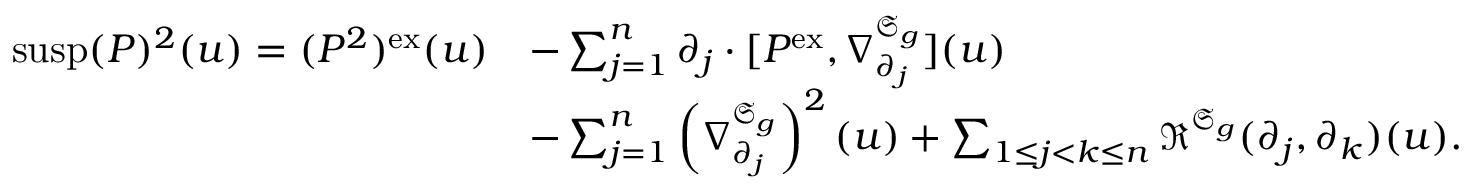
\begin{array} { r l } { \mathrm { s u s p } ( P ) ^ { 2 } ( u ) = ( P ^ { 2 } ) ^ { \mathrm { e x } } ( u ) } & { - \sum _ { j = 1 } ^ { n } \partial _ { j } \cdot \lbrack P ^ { \mathrm { e x } } , \nabla _ { \partial _ { j } } ^ { \mathfrak { S } _ { g } } \rbrack ( u ) } \\ & { - \sum _ { j = 1 } ^ { n } \left( \nabla _ { \partial _ { j } } ^ { \mathfrak { S } _ { g } } \right) ^ { 2 } ( u ) + \sum _ { 1 \leq j < k \leq n } \mathfrak { R } ^ { \mathfrak { S } _ { g } } ( \partial _ { j } , \partial _ { k } ) ( u ) . } \end{array}